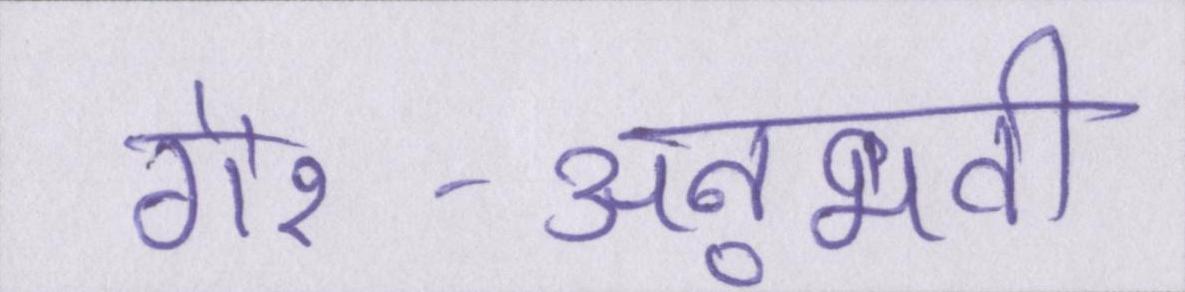
गैर-अनुभवी